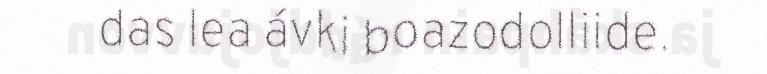
das lea ávki boazodolliide.